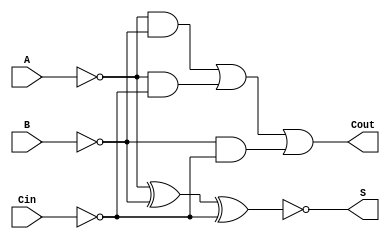
module NegativeCircuitFullAdder (
    input wire A,    // First significant bit (active low)
    input wire B,    // Second significant bit (active low)
    input wire Cin,  // Carry-in bit (active low)
    output wire S,   // Sum output bit (active low)
    output wire Cout  // Carry-out bit (active low)
);

// Intermediate signals for the logic
wire A_n, B_n, Cin_n;
wire AB, AC, BC;
wire sum_temp, carry_temp;

// Invert the inputs to align with negative logic
assign A_n = ~A; // Active high representation of A
assign B_n = ~B; // Active high representation of B
assign Cin_n = ~Cin; // Active high representation of Cin

// Calculate the intermediate products for carry-out
assign AB = A_n & B_n; // A AND B
assign AC = A_n & Cin_n; // A AND Cin
assign BC = B_n & Cin_n; // B AND Cin

// Carry-out logic (Cout = NOT((A AND B) OR (A AND Cin) OR (B AND Cin)))
assign carry_temp = ~(AB | AC | BC); // Carry-out in negative logic
assign Cout = ~carry_temp; // Invert for active low output

// Sum logic (S = NOT(A XOR B XOR Cin))
assign sum_temp = A_n ^ B_n ^ Cin_n; // XOR operation
assign S = ~sum_temp; // Invert for active low output

endmodule